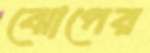
ঝোপের